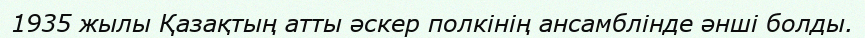
1935 жылы Қазақтың атты әскер полкінің ансамблінде әнші болды.